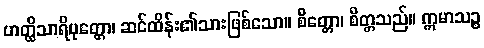
ဟတ္ထိသာရိပုတ္တော၊ ဆင်ထိန်း၏သားဖြစ်သော။ စိတ္တော၊ စိတ္တသည်။ ဣမာသဉ္စ